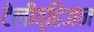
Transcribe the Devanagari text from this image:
टेलीव्हि़जन